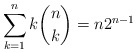
\begin{align*} \sum_{k=1}^n k\binom{n}{k} = n2^{n-1}\end{align*}